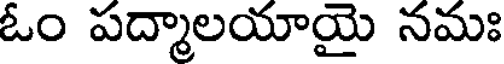
ఓం పద్మాలయాయై నమః